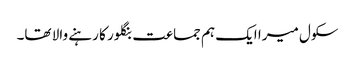
سکول میرا ایک ہم جماعت بنگلور کا رہنے والا تھا۔